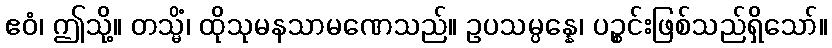
ဧဝံ၊ ဤသို့။ တသ္မိံ၊ ထိုသုမနသာမဏေသည်။ ဥပသမ္ပန္နေ၊ ပဉ္စင်းဖြစ်သည်ရှိသော်။